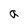
Character: a